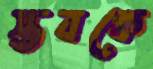
স্তবকে